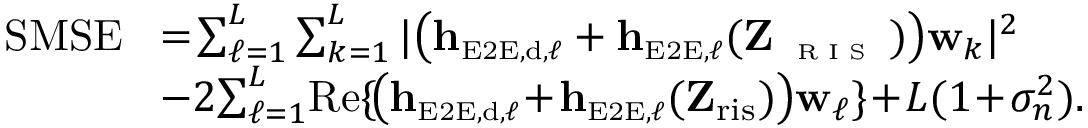
\begin{array} { r l } { \mathrm { S M S E } \! } & { = \! \sum _ { \ell = 1 } ^ { L } \sum _ { k = 1 } ^ { L } | \big ( \mathbf { h } _ { \scriptscriptstyle \mathrm { E 2 E } , \scriptscriptstyle \mathrm { d } , \ell } + \mathbf { h } _ { \scriptscriptstyle \mathrm { E 2 E } , \ell } ( \mathbf { Z } _ { \textnormal { \tiny { R I S } } } ) \big ) \mathbf { w } _ { k } | ^ { 2 } } \\ & { - 2 \! \sum _ { \ell = 1 } ^ { L } \! \mathrm { R e } \{ \! \big ( \mathbf { h } _ { \scriptscriptstyle \mathrm { E 2 E } , \scriptscriptstyle \mathrm { d } , \ell } \! + \! \mathbf { h } _ { \scriptscriptstyle \mathrm { E 2 E } , \ell } ( \mathbf { Z } _ { \mathrm { r i s } } ) \big ) \mathbf { w } _ { \ell } \} \! + \! L ( 1 \! + \! \sigma _ { n } ^ { 2 } ) . } \end{array}